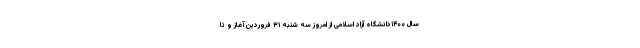
سال ۱۴۰۰دانشگاه آزاد اسلامی از امروز سه شنبه ۳۱ فروردین آغاز و تا